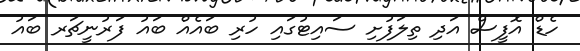
ހެޑް އޮފީސް އަދި ތިލަފުށި ސައިޓުގައި ހުރި ބައެއް ބައު ފަރުނީޗަރ ބައު